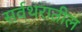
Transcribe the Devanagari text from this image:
सर्वथरातील